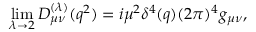
\operatorname * { l i m } _ { \lambda \rightarrow 2 } D _ { \mu \nu } ^ { ( \lambda ) } ( q ^ { 2 } ) = i \mu ^ { 2 } \delta ^ { 4 } ( q ) ( 2 \pi ) ^ { 4 } g _ { \mu \nu } ,